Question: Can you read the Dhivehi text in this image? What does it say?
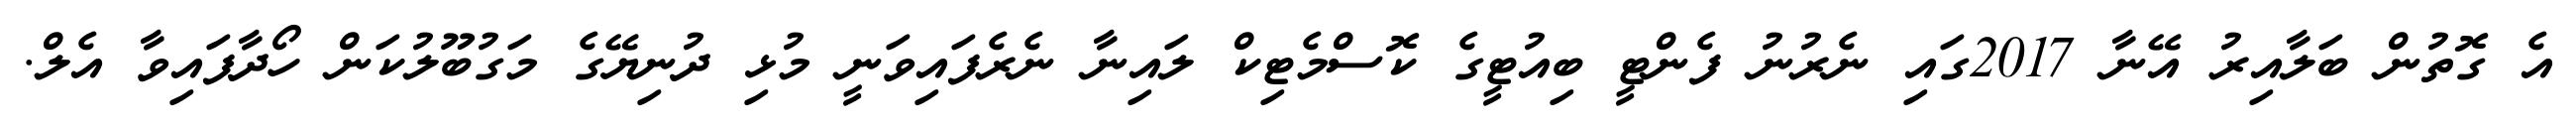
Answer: އެ ގޮތުން ބަލާއިރު އޭނާ 2017ގައި ނެރުނު ފެންޓީ ބިއުޓީގެ ކޮސްމެޓިކް ލައިނާ ނެރެފައިވަނީ މުޅި ދުނިޔޭގެ މަގުބޫލުކަން ހޯދާފައިވާ އެލް.